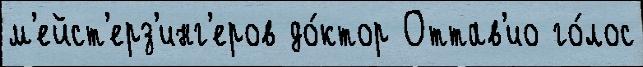
м'ейст'ерз'инг'еров до́ктор Оттав'ио го́лос